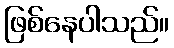
ဖြစ်နေပါသည်။